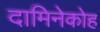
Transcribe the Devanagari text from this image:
दामिनेकोह